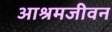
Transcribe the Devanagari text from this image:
आश्रमजीवन